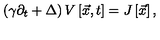
\left( \gamma \partial _ { t } + \Delta \right) V \left[ \vec { x } { } , t \right] = J \left[ { \vec { x } } { } \right] ,